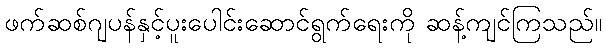
ဖက်ဆစ်ဂျပန်နှင့်ပူးပေါင်းဆောင်ရွက်ရေးကို ဆန့်ကျင်ကြသည်။